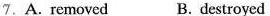
7.A. removed B. destroyed